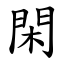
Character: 閑